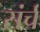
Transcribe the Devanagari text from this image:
संर्च